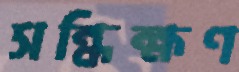
সন্ধিক্ষণ